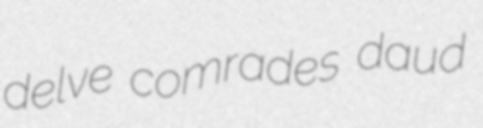
delve comrades daud